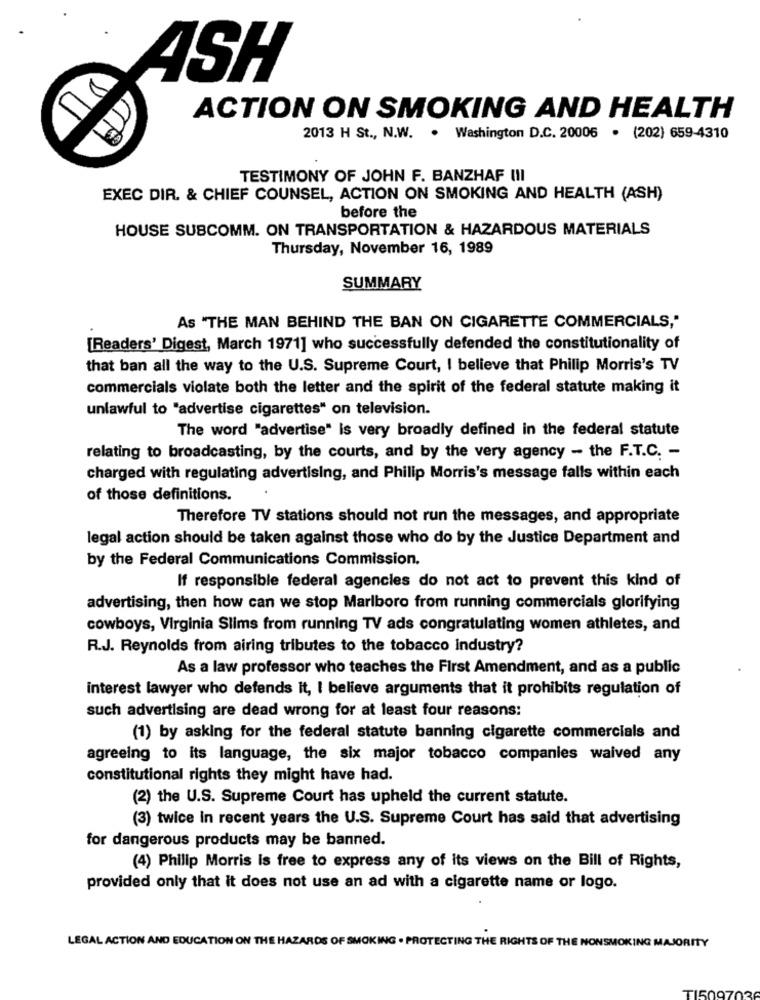
4SH
ACTION ON SMOKING AND HEALTH
2013 H St ., N.W. . Washington D.C. 20006 . (202) 659-4310
TESTIMONY OF JOHN F. BANZHAF III
EXEC DIR. & CHIEF COUNSEL, ACTION ON SMOKING AND HEALTH (ASH)
before the
HOUSE SUBCOMM. ON TRANSPORTATION & HAZARDOUS MATERIALS
Thursday, November 16, 1989
SUMMARY
As "THE MAN BEHIND THE BAN ON CIGARETTE COMMERCIALS,"
[Readers' Digest, March 1971] who successfully defended the constitutionality of
that ban all the way to the U.S. Supreme Court, I believe that Philip Morris's TV
commercials violate both the letter and the spirit of the federal statute making it
unlawful to "advertise cigarettes" on television.
The word "advertise" is very broadly defined in the federal statute
relating to broadcasting, by the courts, and by the very agency - the F.T.C. -
charged with regulating advertising, and Philip Morris's message falls within each
of those definitions.
Therefore TV stations should not run the messages, and appropriate
legal action should be taken against those who do by the Justice Department and
by the Federal Communications Commission.
If responsible federal agencies do not act to prevent this kind of
advertising, then how can we stop Marlboro from running commercials glorifying
cowboys, Virginia Slims from running TV ads congratulating women athletes, and
R.J. Reynolds from airing tributes to the tobacco industry?
As a law professor who teaches the First Amendment, and as a public
interest lawyer who defends it, I believe arguments that it prohibits regulation of
such advertising are dead wrong for at least four reasons:
(1) by asking for the federal statute banning cigarette commercials and
agreeing to its language, the six major tobacco companies waived any
constitutional rights they might have had.
(2) the U.S. Supreme Court has upheld the current statute.
(3) twice in recent years the U.S. Supreme Court has said that advertising
for dangerous products may be banned.
(4) Philip Morris is free to express any of its views on the Bill of Rights,
provided only that it does not use an ad with a cigarette name or logo.
LEGAL ACTION AND EDUCATION ON THE HAZARDS OF SMOKING . PROTECTING THE RIGHTS OF THE NONSMOKING MAJORITY